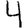
Digit: 4